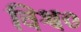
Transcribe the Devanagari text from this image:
विश्व०